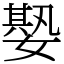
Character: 𡠧